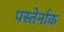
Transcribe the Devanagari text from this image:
पस्तेर्नाक